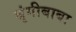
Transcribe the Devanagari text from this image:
श्रृंगीबाबा